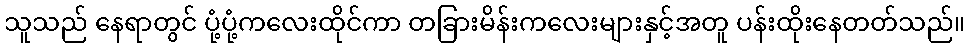
သူသည် နေရာတွင် ပုံ့ပုံ့ကလေးထိုင်ကာ တခြားမိန်းကလေးများနှင့်အတူ ပန်းထိုးနေတတ်သည်။